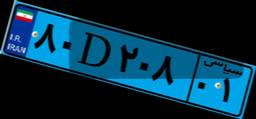
۸۰D۲۰۸۰۱